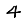
Digit: 4